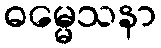
ဓမ္မေသနာ